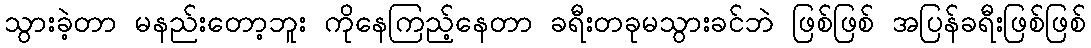
သွားခဲ့တာ မနည်းတော့ဘူး ကိုနေကြည့်နေတာ ခရီးတခုမသွားခင်ဘဲ ဖြစ်ဖြစ် အပြန်ခရီးဖြစ်ဖြစ်